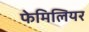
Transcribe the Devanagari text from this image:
फेमिलियर